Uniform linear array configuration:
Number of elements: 8
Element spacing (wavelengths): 1
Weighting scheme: hamming
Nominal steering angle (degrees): -15
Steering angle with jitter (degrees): -15.353
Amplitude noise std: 0.05
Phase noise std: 0.05

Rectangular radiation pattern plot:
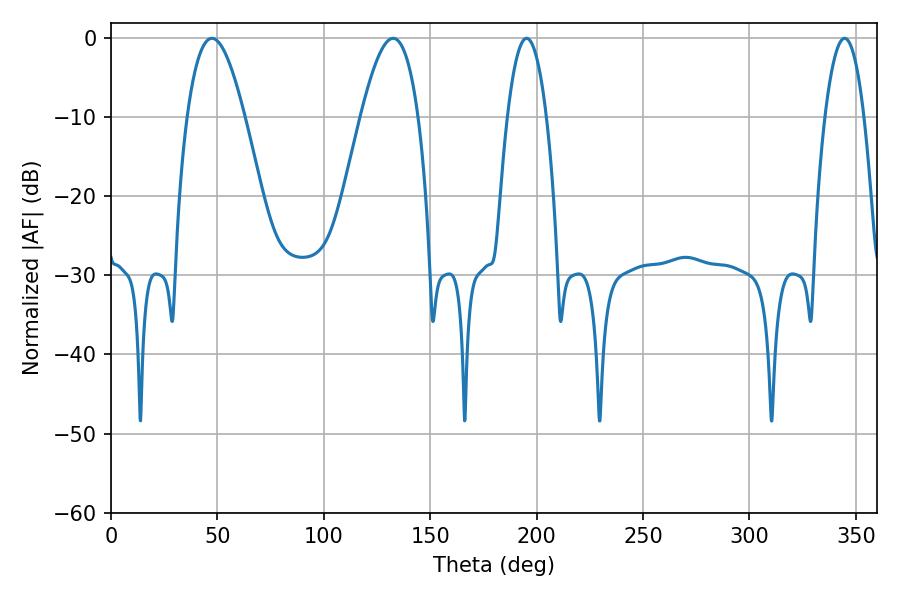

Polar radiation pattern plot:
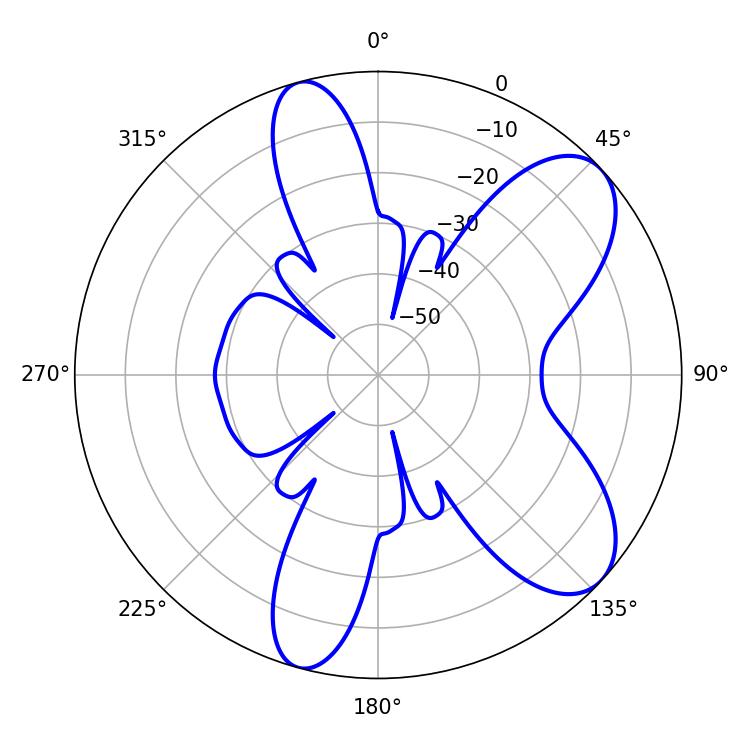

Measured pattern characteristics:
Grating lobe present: TRUE
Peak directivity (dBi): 8.031
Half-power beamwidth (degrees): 10.08
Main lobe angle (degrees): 195.3